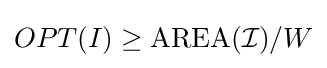
OPT(I)\geq \mathrm {AREA} ({\mathcal {I}})/W